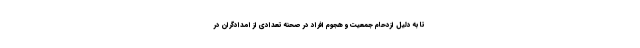
تا به دلیل ازدحام جمعیت و هجوم افراد در صحنه تعدادی از امدادگران در